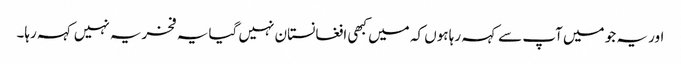
اور یہ جو میں آپ سے کہہ رہا ہوں کہ میں کبھی افغانستان نہیں گیا یہ فخریہ نہیں کہہ رہا۔